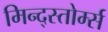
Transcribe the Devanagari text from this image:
मिन्द्स्तोर्म्स